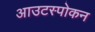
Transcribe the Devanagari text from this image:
आउटस्पोकन